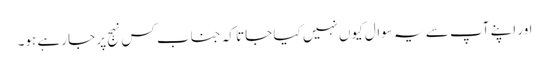
اور اپنے آپ سے یہ سوال کیوں نہیں کیا جاتا کہ جناب کس نہج پر جا رہے ہو۔